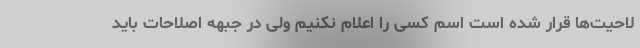
لاحیت‌ها قرار شده است اسم کسی را اعلام نکنیم ولی در جبهه اصلاحات باید